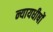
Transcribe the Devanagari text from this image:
न्यायधीषों